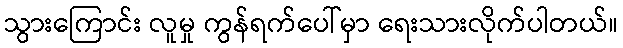
သွားကြောင်း လူမှု ကွန်ရက်ပေါ်မှာ ရေးသားလိုက်ပါတယ်။